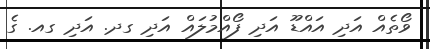
ވޯތެއް އަދި އައްޑޫ އަދި ފޯއްމުލައް އަދި ގދ. އަދި ގއ. ގެ